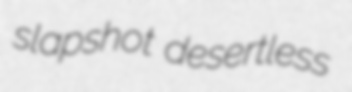
slapshot desertless